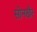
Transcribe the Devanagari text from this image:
सोनखैर